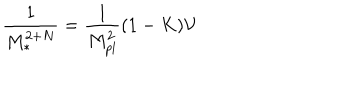
LaTeX: \frac { 1 } { M _ { \ast } ^ { 2 + N } } = \frac { 1 } { M _ { p l } ^ { 2 } } ( 1 - K ) { \cal V }